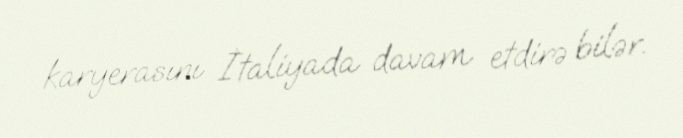
karyerasını İtaliyada davam etdirə bilər.